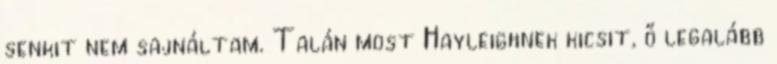
senkit nem sajnáltam. Talán most Hayleighnek kicsit, ő legalább